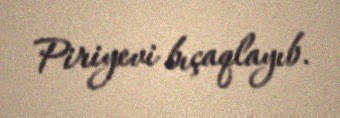
Piriyevi bıçaqlayıb.